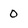
Character: 0